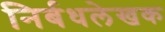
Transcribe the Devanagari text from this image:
निर्बधलेखक